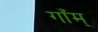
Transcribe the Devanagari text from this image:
गाँम्